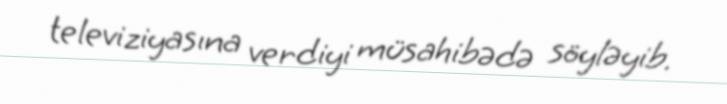
televiziyasına verdiyi müsahibədə söyləyib.